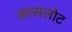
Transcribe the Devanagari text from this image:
आसलोट